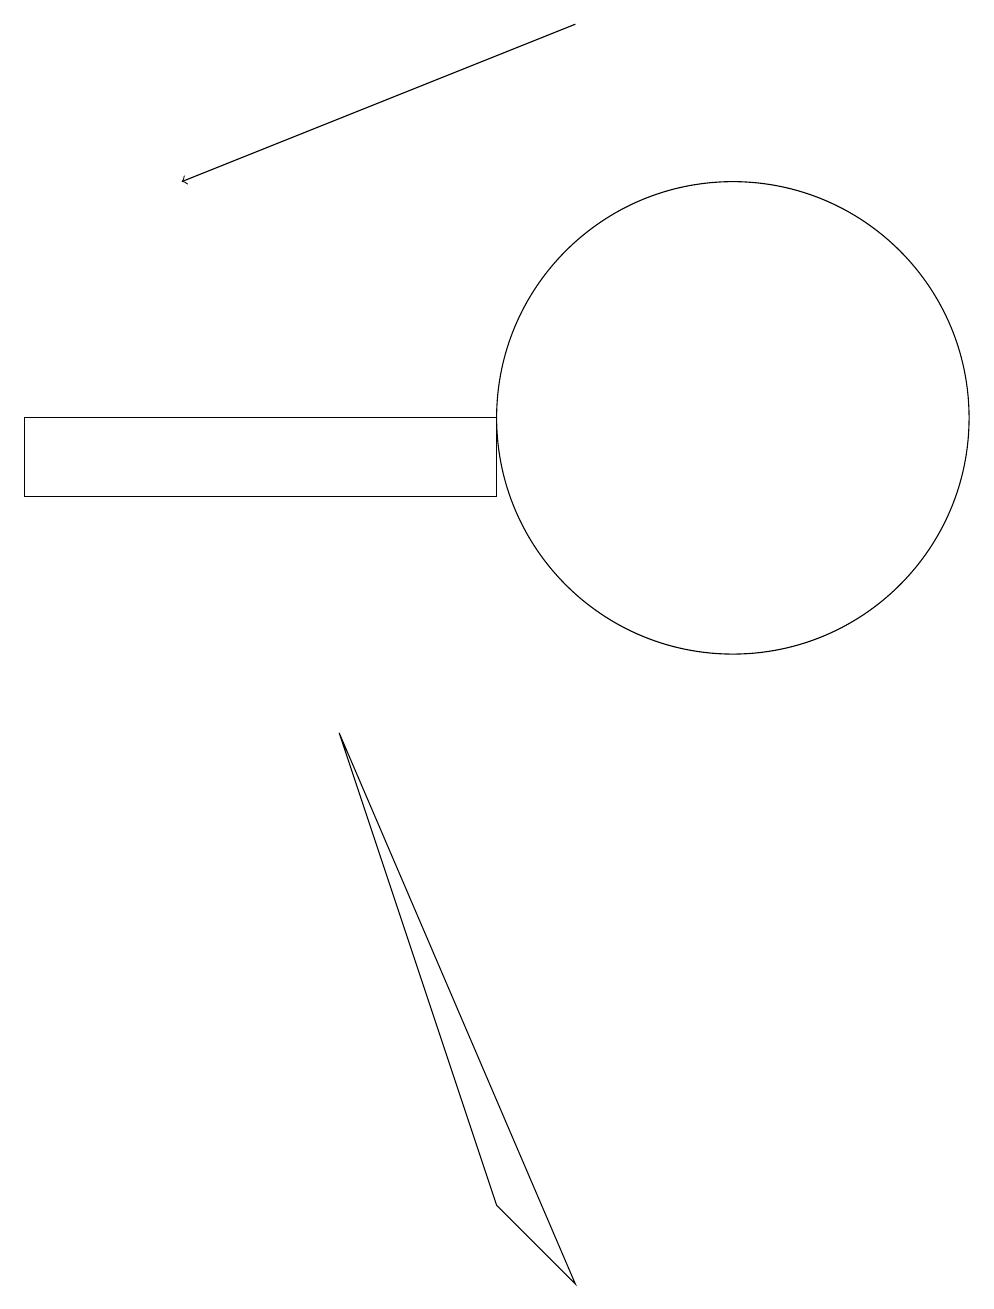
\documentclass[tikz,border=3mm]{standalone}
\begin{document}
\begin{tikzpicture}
\draw (2,11) rectangle (8,10);
\draw (11,11) circle (3);
\draw[->] (9,16) -- (4,14);
\draw (8,1) -- (6,7) -- (9,0) -- cycle;
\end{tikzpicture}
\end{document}